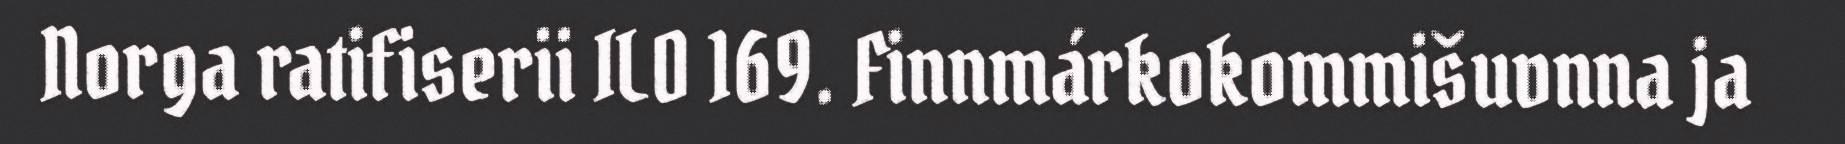
Norga ratifiserii ILO 169. Finnmárkokommišuvnna ja